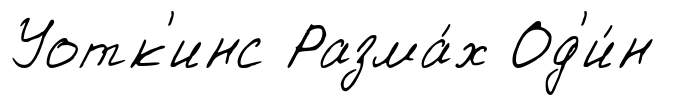
Уотк'инс Разма́х Од'и́н